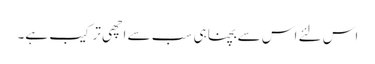
اس لئے اس سے بچنا ہی سب سے اچھی ترکیب ہے۔